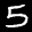
Label: 5